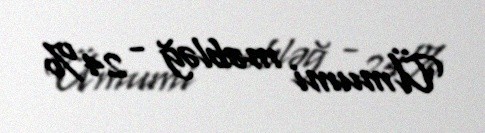
Ümumi məbləğ - 24%